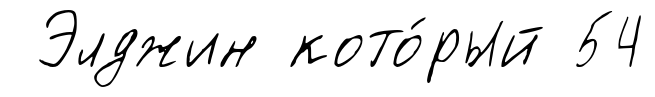
Элджин кото́рый 54